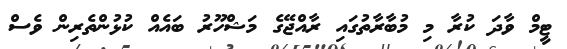
ޓީމް ވާދަ ކުރާ މި މުބާރާތުގައި ރާއްޖޭގެ މަޝްހޫރު ބައެއް ކުޅުންތެރިން ވެސް